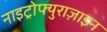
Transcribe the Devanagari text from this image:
नाइट्रोफ्युराज़ाइन